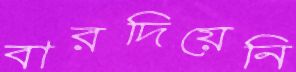
বারদিয়েনি